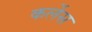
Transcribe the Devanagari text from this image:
कर्लेस